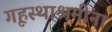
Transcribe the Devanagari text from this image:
गृहस्थाश्रमींना